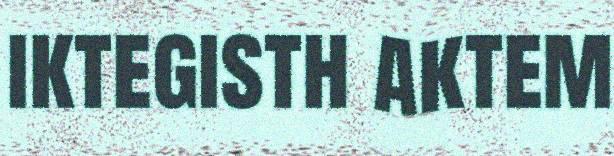
iktegisth aktem